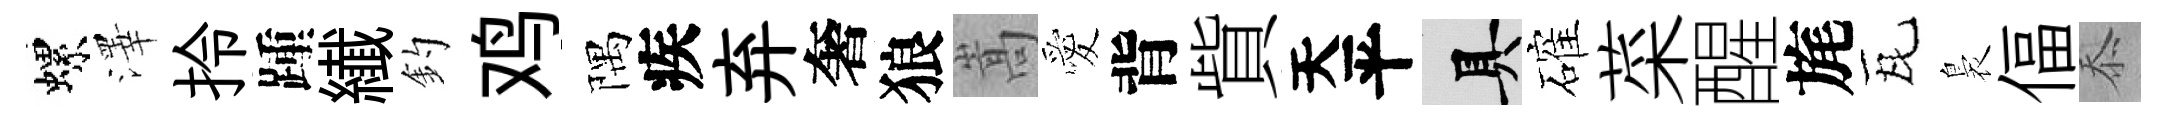
螺澤拎踵纎釣鸡隅疾弃奢狼嵩愛背貲天平具確菜醒旄瓦裊偪忝